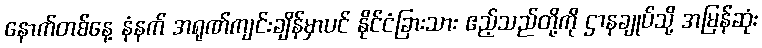
နောက်တစ်နေ့ နံနက် အရုဏ်ကျင်းချိန်မှာပင် နိုင်ငံခြားသား ဧည့်သည်တို့ကို ဌာနချုပ်သို့ အမြန်ဆုံး